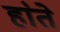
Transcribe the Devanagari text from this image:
हा॓ते